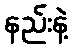
နည်းနဲ့